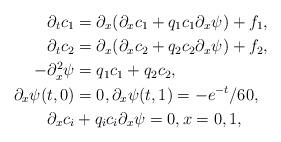
LaTeX: \begin{align*} \partial_t c_1 & = \partial_x (\partial_x c_1+ q_1 c_1 \partial_x \psi) +f_1, \\ \partial_t c_2 & = \partial_x (\partial_x c_2+ q_2 c_2 \partial_x \psi) +f_2, \\- \partial_x^2 \psi & = q_1c_1+ q_2c_2,\\\partial_x \psi(t,0)& =0, \partial_x \psi(t, 1)=-e^{-t}/60, \\{\partial_x c_i} &+q_ic_i {\partial_x \psi}=0, x=0, 1,\end{align*}